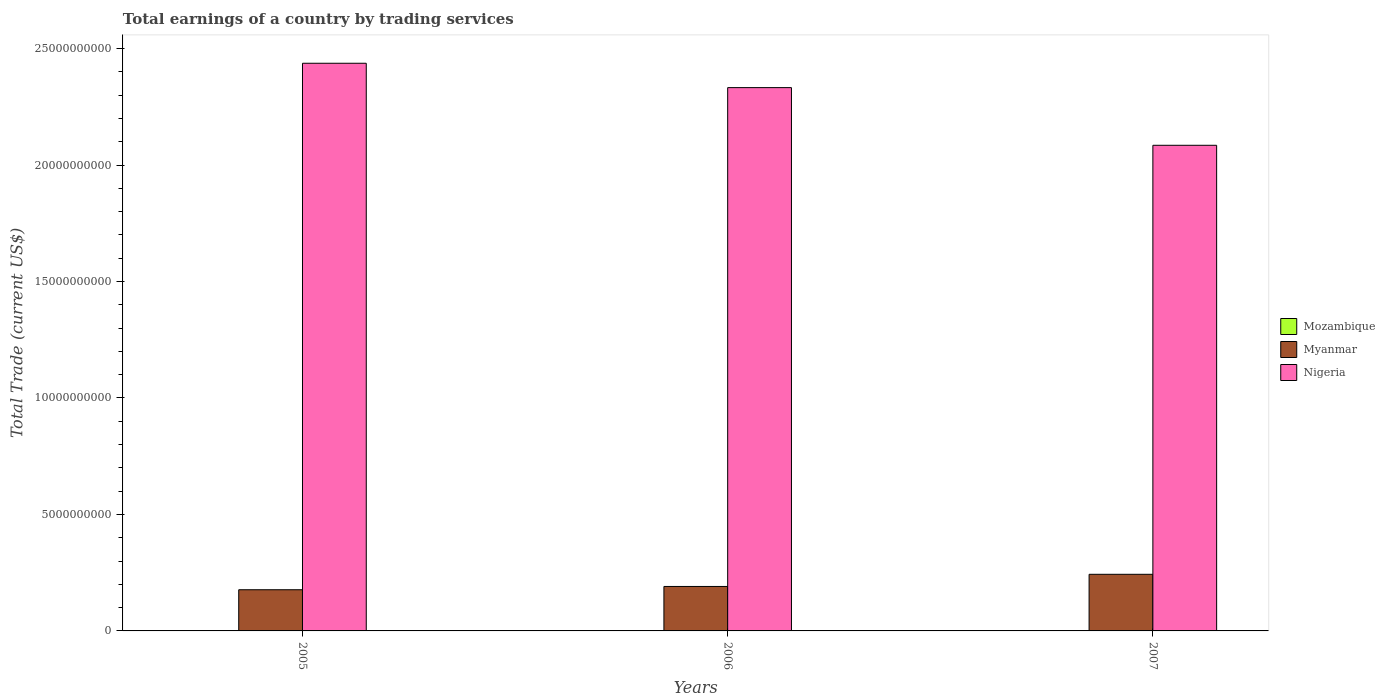
| Years | Mozambique | Myanmar | Nigeria |
 | --- | --- | --- | --- |
 | 2005 | -8.04e+08 | 1.77e+09 | 2.44e+10 |
 | 2006 | -6.32e+08 | 1.91e+09 | 2.33e+10 |
 | 2007 | -7.97e+08 | 2.43e+09 | 2.08e+10 |